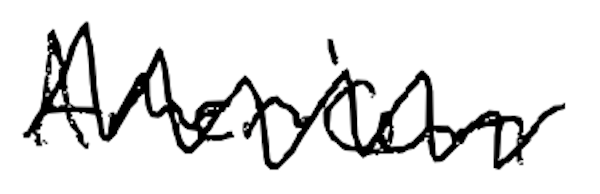
Text: American
Cross-out: zig-zag
Writing tool: digital_black